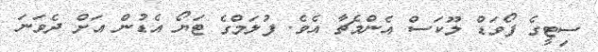
ސިޓީގެ ފޯވަޑް ލޫކަސް އެންމެޗާ އެވެ. ފުލަމްގެ ޓަޔޯ އެޑުން އަށް ދެވަނަ